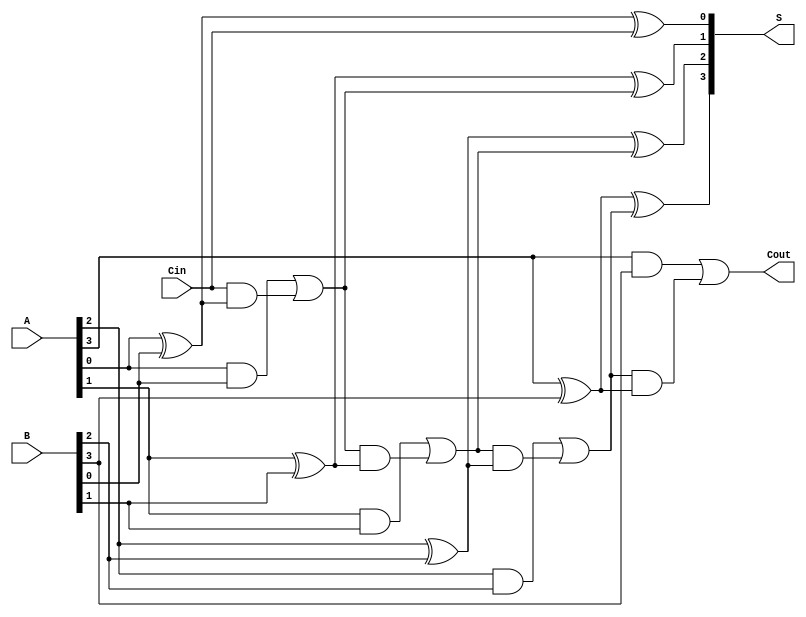
module ManchesterCarryChainAdder #(
    parameter n = 4 // Number of bits in the input binary numbers
)(
    input  [n-1:0] A,        // First n-bit binary number
    input  [n-1:0] B,        // Second n-bit binary number
    input         Cin,       // Carry-in signal
    output [n-1:0] S,        // n-bit sum output
    output        Cout       // Carry-out signal
);

    wire [n:0] C; // Carry array including C[n] for Cout
    assign C[0] = Cin; // Initialize the first carry input with Cin

    // Generate sum and carry for each bit position
    genvar i;
    generate
        for (i = 0; i < n; i = i + 1) begin: adder_stage
            assign S[i] = A[i] ^ B[i] ^ C[i]; // Sum calculation
            assign C[i+1] = (A[i] & B[i]) | (C[i] & (A[i] ^ B[i])); // Carry calculation
        end
    endgenerate

    assign Cout = C[n]; // Final carry-out signal

endmodule